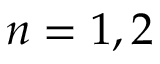
n = 1 , 2